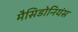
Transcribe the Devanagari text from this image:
मैसिडोनियंस